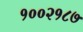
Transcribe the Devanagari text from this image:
१००२१८७